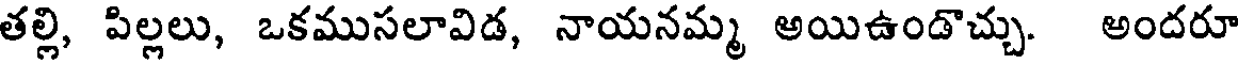
తల్లి, పిల్లలు, ఒకముసలావిడ, నాయనమ్మ అయిఉండొచ్చు. అందరూ